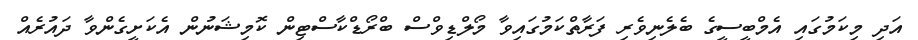
އަދި މިކަމުގައި އެމްބީސީގެ ބެލެނިވެރި ފަރާތްކަމުގައިވާ މޯލްޑިވްސް ބްރޯޑްކާސްޓިން ކޮމިޝަނުން އެކަށީގެންވާ ދައުރެއް